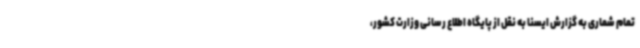
تمام شماری به گزارش ایسنا به نقل از پایگاه اطلاع رسانی وزارت کشور،